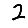
Digit: 2